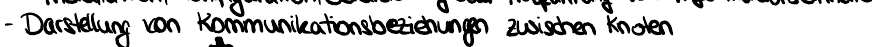
- Darstellung von Kommunikationsbeziehungen zwischen Knoten